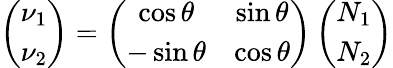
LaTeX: \left(\begin{array}{c}{{\nu_{1}}}\\ {{\nu_{2}}}\end{array}\right)=\left(\begin{array}{cc}{{\cos\theta}}&{{\sin\theta}}\\ {{-\sin\theta}}&{{\cos\theta}}\end{array}\right)\left(\begin{array}{c}{{N_{1}}}\\ {{N_{2}}}\end{array}\right)